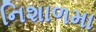
નિશાળમા